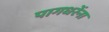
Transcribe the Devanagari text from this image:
पागधरेंना